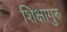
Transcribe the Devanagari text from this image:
शिक्षागुरु